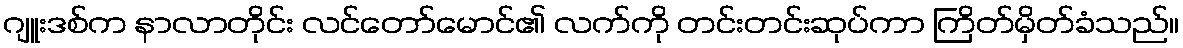
ဂျူးဒစ်က နာလာတိုင်း လင်တော်မောင်၏ လက်ကို တင်းတင်းဆုပ်ကာ ကြိတ်မှိတ်ခံသည်။